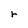
Character: r